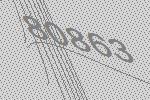
80863